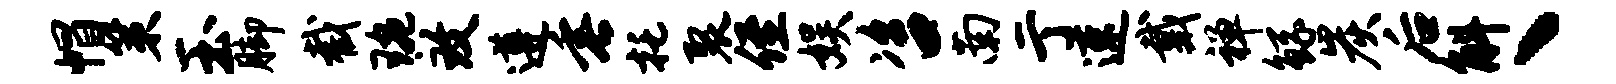
帽策玉脚截琬致遵垂托裂侄娱咨南亍速戴禅鲧炭后斛丶